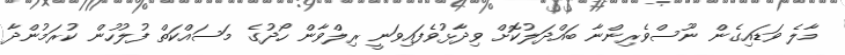
މާލެ ވަޑައިގެން ނޫސްވެރިންނާ ބައްދަލުކޮށް ވިދާޅުވެފައިވަނީ ރިލްވާން ހޯދުގެ މަސައްކަތް ފުލުހުން ކުރަމުންދާ